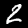
Digit: 2